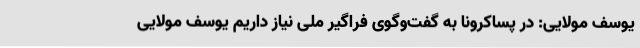
یوسف مولایی: در پساکرونا به گفت‌وگوی فراگیر ملی نیاز داریم یوسف مولایی